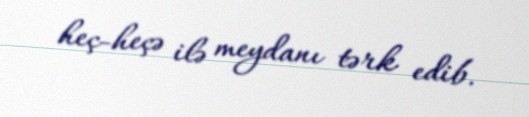
heç-heçə ilə meydanı tərk edib.